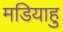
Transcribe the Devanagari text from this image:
मडियाहु